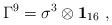
LaTeX: \begin{align*} \Gamma^9= \sigma^3 \otimes {\bf 1}_{16}~,~~~\end{align*}